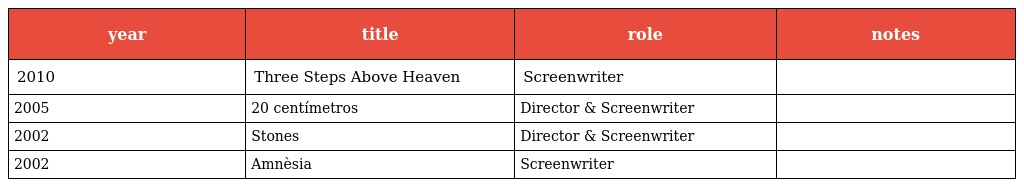
| year | title | role | notes |
 | --- | --- | --- | --- |
 | 2010 | Three Steps Above Heaven | Screenwriter |  |
 | 2005 | 20 centímetros | Director & Screenwriter |  |
 | 2002 | Stones | Director & Screenwriter |  |
 | 2002 | Amnèsia | Screenwriter |  |